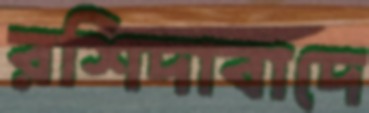
রশিদাবাদে